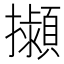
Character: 𢹟